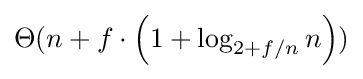
\Theta (n+f\cdot \left(1+\log _{2+f/n}n\right))